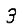
Digit: 3